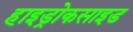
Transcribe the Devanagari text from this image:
हाइड्रोकसाइड